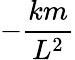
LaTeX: -{\frac{km}{L^{2}}}